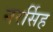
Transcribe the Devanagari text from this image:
नरर्सिह